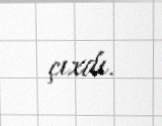
çıxdı.